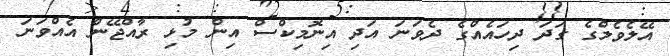
އޭލެވެލްގެ ގަދަ ދިހައެއްގެ ދެވަނަ އަދި އިނޮމިކްސް އިން މުޅި ރާއްޖޭން އެއްވަނަ